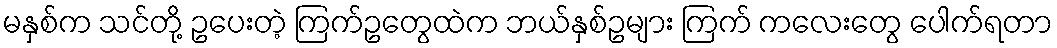
မနှစ်က သင်တို့ ဥပေးတဲ့ ကြက်ဥတွေထဲက ဘယ်နှစ်ဥများ ကြက် ကလေးတွေ ပေါက်ရတာ